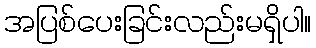
အပြစ်ပေးခြင်းလည်းမရှိပါ။